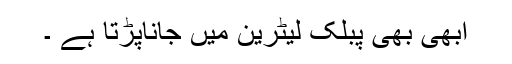
ابھی بھی پبلک لیٹرین میں جاناپڑتا ہے ۔